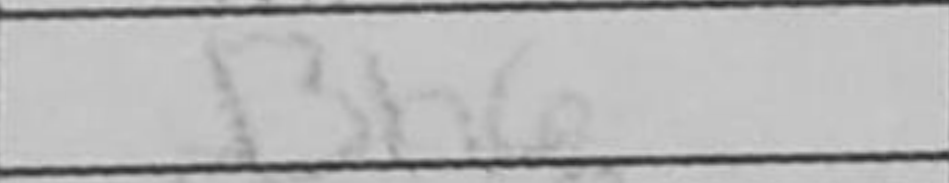
Transcription: Bh6